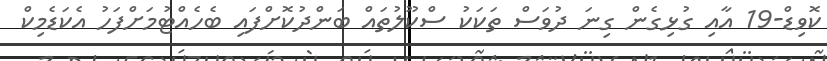
ކޮވިޑް-19 އާއި ގުޅިގެން ގިނަ ދުވަސް ތަކަކު ސްކޫލުތައް ބަންދުކޮށްފައި ބެހެއްޓުމަށްފަހު އެކަޑެމިކް